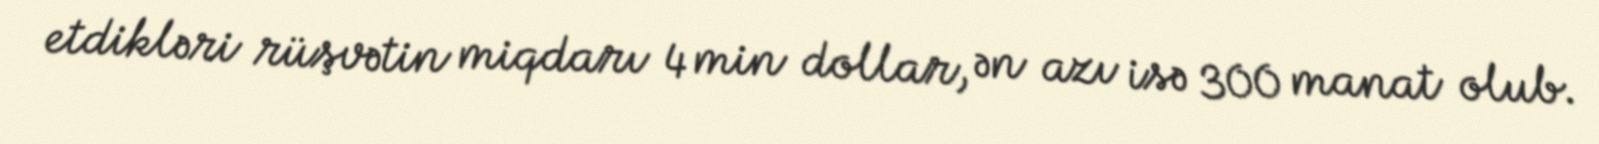
etdikləri rüşvətin miqdarı 4 min dollar, ən azı isə 300 manat olub.